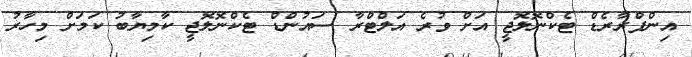
އިންފްރާރެޑް ޓެކްނޮލޮޖީ އަށް ވުރެ އަލްޓްރާ ސައުންޑް ޓެކްނޮލޮޖީ ކާމިޔާބު ކަމަށް މިހާރު